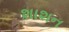
શાશન